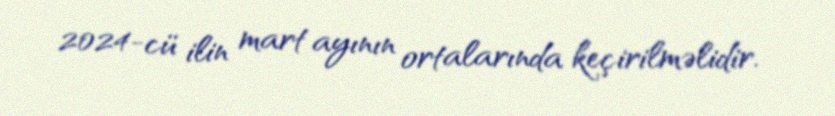
2024-cü ilin mart ayının ortalarında keçirilməlidir.